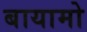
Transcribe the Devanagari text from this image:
बायामो